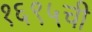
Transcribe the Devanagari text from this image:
१६९५ची